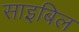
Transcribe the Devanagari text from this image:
साइबिल